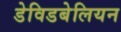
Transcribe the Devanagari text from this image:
डेविडबेलियन